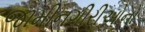
જામીનગીરીઓનો